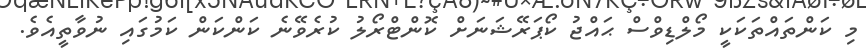
މި ކަންތައްތަކަކީ މޯލްޑިވްސް ޙައްޖު ކޯޕަރޭޝަނަށް ކޮންޓްރޯލު ކުރެވޭނެ ކަންކަން ކަމުގައި ނުވާތީއެވެ.